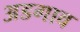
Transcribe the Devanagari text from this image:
अडगाव